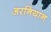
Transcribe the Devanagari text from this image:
अरनियान